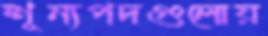
শূন্যপদগুলোয়